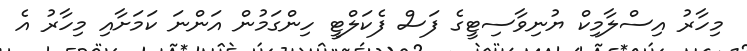
މިހާރު އިސްލާމިކް ޔުނިވާސިޓީގެ ފަސް ފެކަލްޓީ ހިންގަމުން އަންނަ ކަމަށާއި މިހާރު އެ